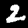
Label: 2